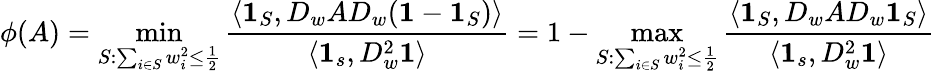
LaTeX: \phi(A)=\operatorname*{min}_{S:\sum_{i\in S}w_{i}^{2}\leq\frac{1}{2}}\frac{\langle\boldsymbol{1}_{S},D_{w}AD_{w}(\boldsymbol{1}-\boldsymbol{1}_{S})\rangle}{\langle\mathbf{1}_{s},D_{w}^{2}\mathbf{1}\rangle}=1-\operatorname*{max}_{S:\sum_{i\in S}w_{i}^{2}\leq\frac{1}{2}}\frac{\langle\boldsymbol{1}_{S},D_{w}AD_{w}\boldsymbol{1}_{S}\rangle}{\langle\mathbf{1}_{s},D_{w}^{2}\mathbf{1}\rangle}